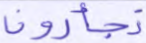
تجأرون